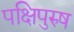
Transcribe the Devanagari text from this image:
पक्षिपुरुष